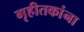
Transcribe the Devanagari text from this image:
गृहीतकांना